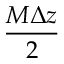
\frac { M \Delta z } { 2 }